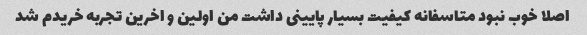
اصلا خوب نبود متاسفانه کیفیت بسیار پایینى داشت من اولین و اخرین تجربه خریدم شد